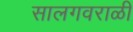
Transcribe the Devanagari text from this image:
सालगवराळी